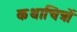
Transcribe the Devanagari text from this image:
कथाचित्रों